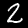
Digit: 2